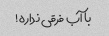
با آب فرقی نداره!